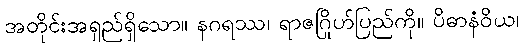
အတိုင်းအရှည်ရှိသော။ နဂရဿ၊ ရာဇဂြိုဟ်ပြည်ကို။ ပိဓာနံဝိယ၊